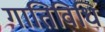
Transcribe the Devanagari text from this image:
गातिविधि